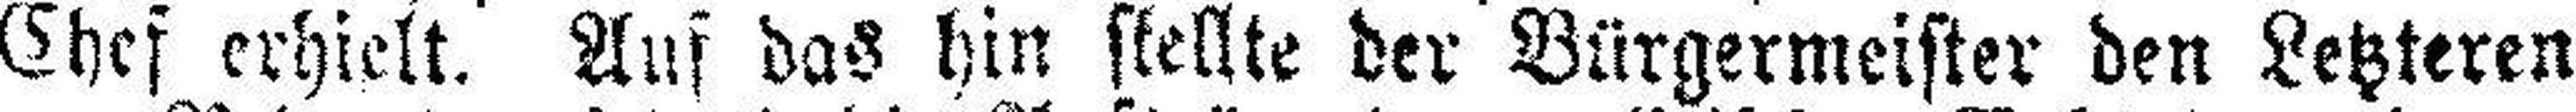
Chef erhielt. Auf das hin stellte der Bürgermeister den Letzteren